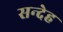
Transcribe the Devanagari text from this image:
सन्‍देह